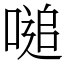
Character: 㗓